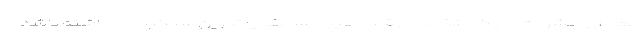
بعدی و مشورت با یک متخصص قلب هیچ مسابقه یا تمرین سنگینی را داشته باشد